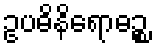
ဥပဓိနိရောဓဉ္စ